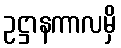
ဥဋ္ဌာနကာလမှိ